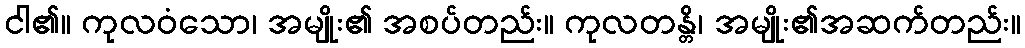
ငါ၏။ ကုလဝံသော၊ အမျိုး၏ အစပ်တည်း။ ကုလတန္တိ၊ အမျိုး၏အဆက်တည်း။